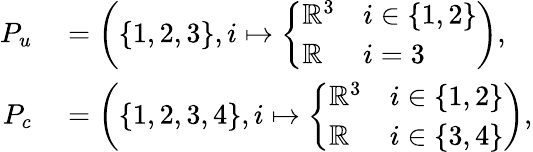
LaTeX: \begin{array}{rl}{P_{u}}&{{}=\left(\{ 1,2,3\} ,i\mapsto\left\{ \begin{array}{ll}{\mathbb{R}^{3}}&{i\in\{ 1,2\} }\\ {\mathbb{R}}&{i=3}\end{array}\right.\right),}\\ {P_{c}}&{{}=\left(\{ 1,2,3,4\} ,i\mapsto\left\{ \begin{array}{ll}{\mathbb{R}^{3}}&{i\in\{ 1,2\} }\\ {\mathbb{R}}&{i\in\{ 3,4\} }\end{array}\right.\right),}\end{array}